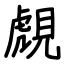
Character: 覤